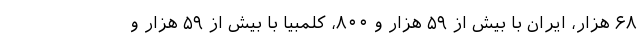
۶۸ هزار، ایران با بیش از ۵۹ هزار و ۸۰۰، کلمبیا با بیش از ۵۹ هزار و